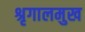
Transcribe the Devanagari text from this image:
श्रृगालमुख